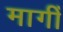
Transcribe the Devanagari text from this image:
मागीँ